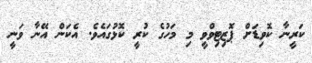
ކަރީނާ ކޮވިޑަށް ޕޮޒިޓިވްވީ މި މަހުގެ ކުރީ ކޮޅުގައެވެ. އެކަން އޭނާ ވަނީ